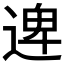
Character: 𮞱